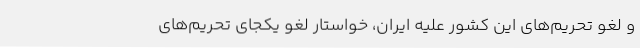
و لغو تحریم‌های این کشور علیه ایران، خواستار لغو یکجای تحریم‌های